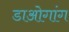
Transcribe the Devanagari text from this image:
डाओगांग